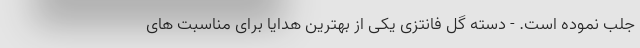
جلب نموده است. - دسته گل فانتزی یکی از بهترین هدایا برای مناسبت های